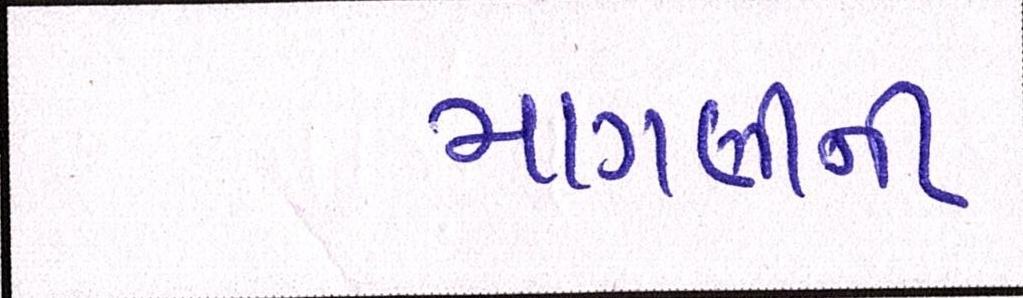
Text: માગણીની